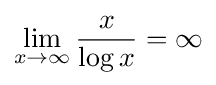
\lim _{x\rightarrow \infty }{\frac {x}{\log x}}=\infty